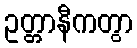
ဥတ္တာနီကတွာ